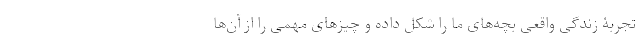
تجربۀ زندگی واقعی بچه‌های ما را شکل داده و چیزهای مهمی را از آن‌ها